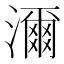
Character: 濔